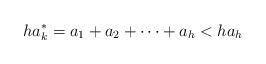
LaTeX: \begin{align*}ha_k^*= a_1 +a_2 + \cdots + a_h < ha_h\end{align*}